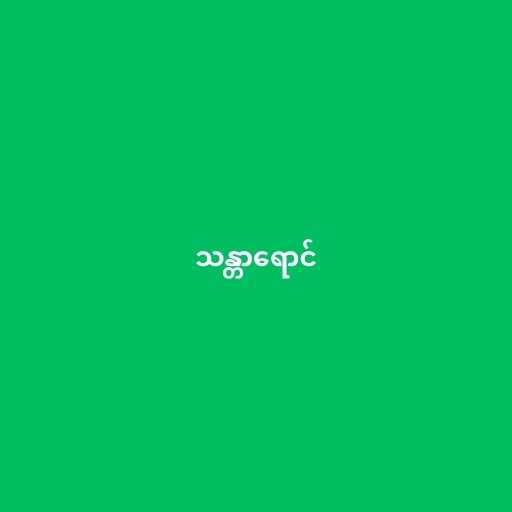
သန္တာရောင်